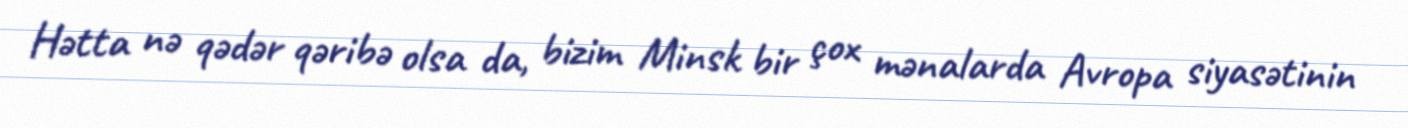
Hətta nə qədər qəribə olsa da, bizim Minsk bir çox mənalarda Avropa siyasətinin